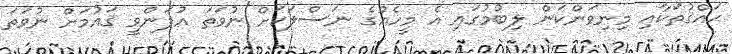
ޙައްޤުތަކާއި މިނިވަންކަން ލިބުމުގައި އެ މީހެއްގެ ނަސްލަކަށް ނުވަތަ އުފަންވީ ޤައުމަށް ނުވަތަ